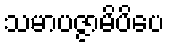
သမာပဇ္ဇာမိပိပေ